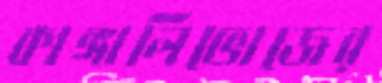
কাঙ্গালিভোজের